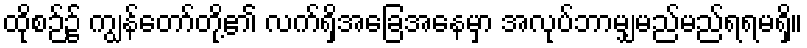
ထိုစဉ်၌ ကျွန်တော်တို့၏ လက်ရှိအခြေအနေမှာ အလုပ်ဘာမျှမည်မည်ရရမရှိ။